Vaccination North-Western Provinces and Oudh 1878-1895 - 1878-1895
Year: 1878
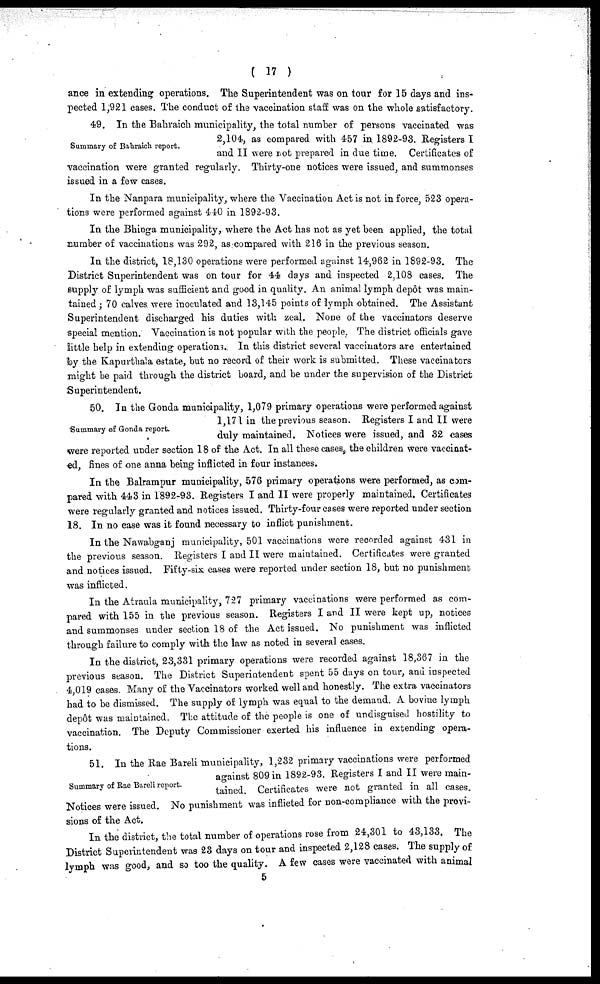
( 17 )
ance in extending operations. The Superintendent was on tour for 15 days and ins-
pected 1,921 cases. The conduct of the vaccination staff was on the whole satisfactory.
Summary of Bahraich report.
49. In the Bahraich municipality, the total number of persons vaccinated was
2,104, as compared with 457 in 1892-93. Registers I
and II were not prepared in due time. Certificates of
vaccination were granted regularly. Thirty-one notices were issued, and summonses
issued in a few cases.
In the Nanpara municipality, where the Vaccination Act is not in force, 523 opera-
tions were performed against 440 in 1892-93.
In the Bhinga municipality, where the Act has not as yet been applied, the total
number of vaccinations was 292, as compared with 216 in the previous season.
In the district, 18,130 operations were performed against 14,962 in 1892-93. The
District Superintendent was on tour for 44 days and inspected 2,108 cases. The
supply of lymph was sufficient and good in quality. An animal lymph depôt was main-
tained ; 70 calves were inoculated and 13,145 points of lymph obtained. The Assistant
Superintendent discharged his duties with zeal. None of the vaccinators deserve
special mention. Vaccination is not popular with the people. The district officials gave
little help in extending operations. In this district several vaccinators are entertained
by the Kapurthala estate, but no record of their work is submitted. These vaccinators
might be paid through the district board, and be under the supervision of the District
Superintendent.
Summary of Gonda report.
50. In the Gonda municipality, 1,079 primary operations were performed against
1,171 in the previous season. Registers I and II were
duly maintained. Notices were issued, and 32 cases
were reported under section 18 of the Act. In all these cases, the children were vaccinat-
ed, fines of one anna being inflicted in four instances.
In the Balrampur municipality, 576 primary operations were performed, as com-
pared with 443 in 1892-93. Registers I and II were properly maintained. Certificates
were regularly granted and notices issued. Thirty-four cases were reported under section
18. In no case was it found necessary to inflict punishment.
In the Nawabganj municipality, 501 vaccinations were recorded against 431 in
the previous season. Registers I and II were maintained. Certificates were granted
and notices issued. Fifty-six cases were reported under section 18, but no punishment
was inflicted.
In the Atraula municipality, 727 primary vaccinations were performed as com-
pared with 155 in the previous season. Registers I and II were kept up, notices
and summonses under section 18 of the Act issued. No punishment was inflicted
through failure to comply with the law as noted in several cases.
In the district, 23,331 primary operations were recorded against 18,367 in the
previous season. The District Superintendent spent 55 days on tour, and inspected
4,019 cases. Many of the Vaccinators worked well and honestly. The extra vaccinators
had to be dismissed. The supply of lymph was equal to the demand. A bovine lymph
depôt was maintained. The attitude of the people is one of undisguised hostility to
vaccination. The Deputy Commissioner exerted his influence in extending opera-
tions.
Summary of Rae Bareli report.
51. In the Rae Bareli municipality, 1,232 primary vaccinations were performed
against 809 in 1892-93. Registers I and II were main-
tained. Certificates were not granted in all cases.
Notices were issued. No punishment was inflieted for non-compliance with the provi-
sions of the Act.
In the district, the total number of operations rose from 24,301 to 43,133. The
District Superintendent was 23 days on tour and inspected 2,128 cases. The supply of
lymph was good, and so too the quality. A few cases were vaccinated with animal
5